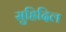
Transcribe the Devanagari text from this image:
सुह्रिदिल